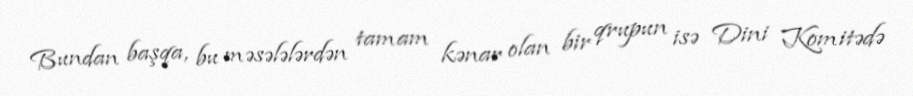
Bundan başqa, bu məsələlərdən tamam kənar olan bir qrupun isə Dini Komitədə